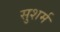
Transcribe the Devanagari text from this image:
सुशर्म